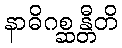
နာဓိဂစ္ဆန္တီတိ